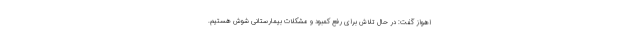
اهواز گفت: در حال تلاش برای رفع کمبود و مشکلات بیمارستانی شوش هستیم.